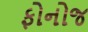
ફોનોજ